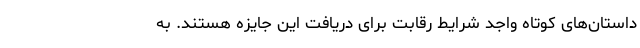
داستان‌های کوتاه واجد شرایط رقابت برای دریافت این جایزه هستند. به